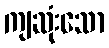
ကျဆုံးသော